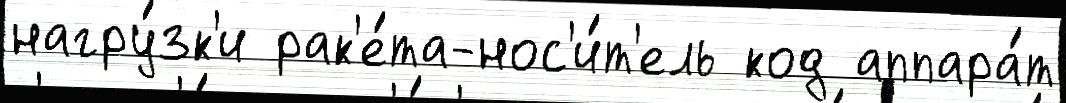
нагру́зк'и рак'е́та-нос'и́т'ель код аппара́т